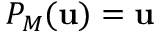
P _ { M } ( \mathbf { u } ) = \mathbf { u }